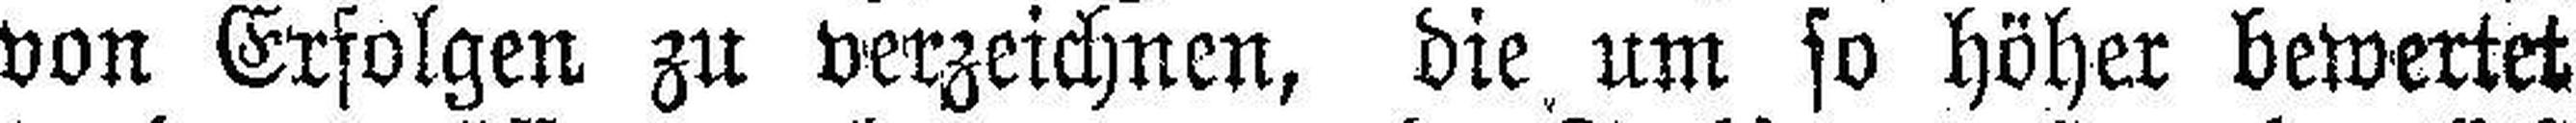
von Erfolgen zu verzeichnen, die um so höher bewertet